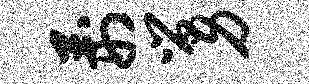
荆舅